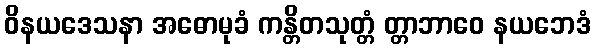
ဝိနယဒေသနာ အဓောမုခံ ကန္တိတသုတ္တံ တ္တာဘာဝေ နယဘေဒံ